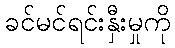
ခင်မင်ရင်းနှီးမှုကို